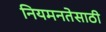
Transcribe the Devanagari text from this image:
नियमनतेसाठी